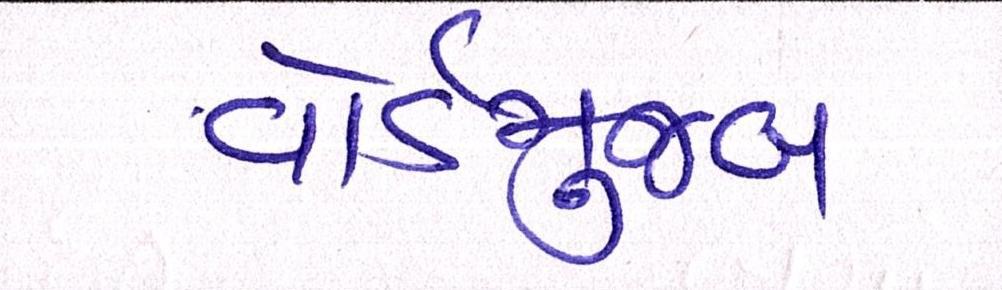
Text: વોર્ડમુજબ